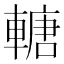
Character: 𨍴